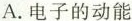
A.电子的动能